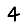
Digit: 4